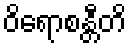
ဝိရောစန္တီတိ